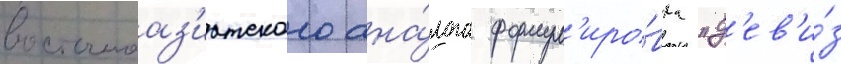
восточноаз'иатского ана́лога формул'иро́вка "д'ев'и́з